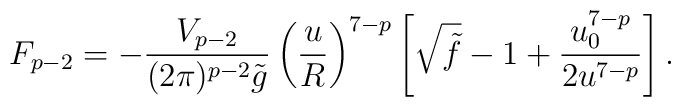
F_{p-2}= -\frac{V_{p-2}}{(2\pi)^{p-2}\tilde{g}}      \left (\frac{u}{R}\right)^{7-p}\left [    \sqrt{ \tilde{f}}-1      +\frac{u_0^{7-p}}{2u^{7-p}}\right ].